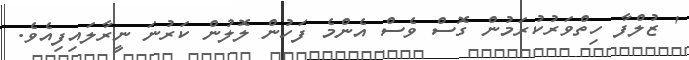
' ޒުލްފާ ހިތްވަރުކުރަމުން ގޮސް ވެސް އެންމެ ފަހުން ލޮލުން ކަރުނަ ނީރާލައިފިއެވެ.